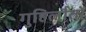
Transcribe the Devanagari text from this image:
गुहिलौतों